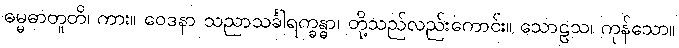
ဓမ္မဓာတူတိ၊ ကား။ ဝေဒနာ သညာသင်္ခါရက္ခန္ဓာ၊ တို့သည်လည်းကောင်း။ သောဠသ၊ ကုန်သော။